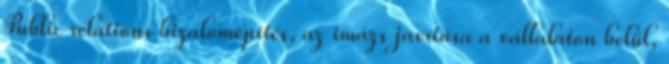
Public relations bizalomépítés, az imázs javítása a vállalaton belül,